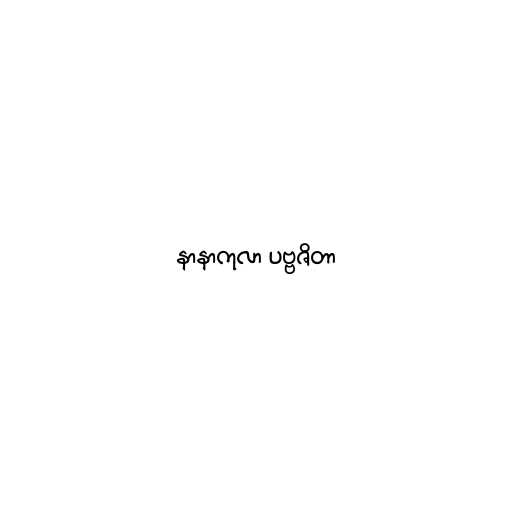
နာနာကုလာ ပဗ္ဗဇိတာ